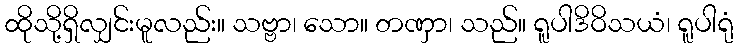
ထိုသို့ရှိလျှင်းမူလည်း။ သဗ္ဗာ၊ သော။ တဏှာ၊ သည်။ ရူပါဒိဝိသယံ၊ ရူပါရုံ